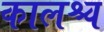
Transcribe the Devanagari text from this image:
कालश्च